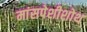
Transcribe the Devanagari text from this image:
मांसपेशीशोथ